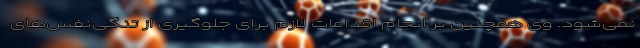
نمی‌شود. وی همچنین بر انجام اقدامات لازم برای جلوگیری از تنگی‌نفس‌های